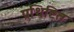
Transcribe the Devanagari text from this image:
प्रथिष्टित